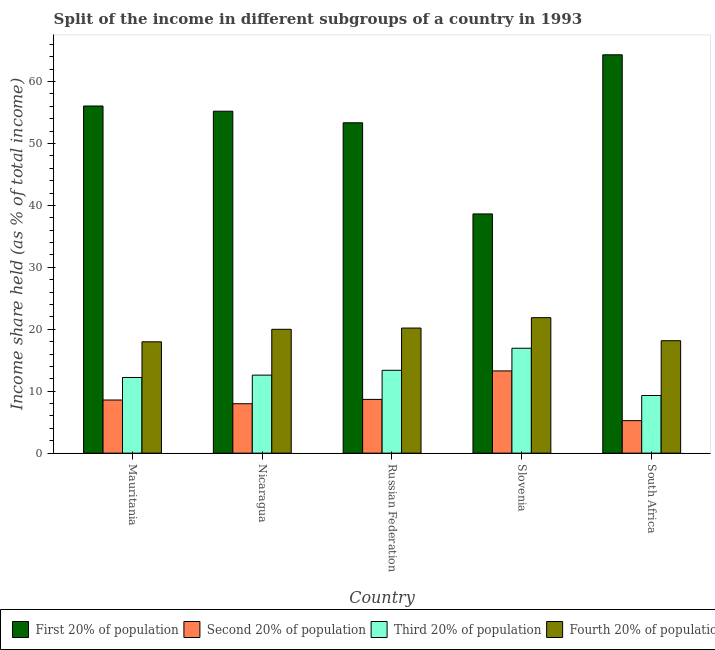
| Country | First 20% of population | Second 20% of population | Third 20% of population | Fourth 20% of population |
 | --- | --- | --- | --- | --- |
 | Mauritania | 56.1 | 8.58 | 12.2 | 18 |
 | Nicaragua | 55.2 | 7.98 | 12.6 | 20 |
 | Russian Federation | 53.4 | 8.68 | 13.4 | 20.2 |
 | Slovenia | 38.6 | 13.3 | 16.9 | 21.9 |
 | South Africa | 64.3 | 5.25 | 9.31 | 18.2 |